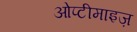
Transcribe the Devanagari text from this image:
ओप्टीमाइज़